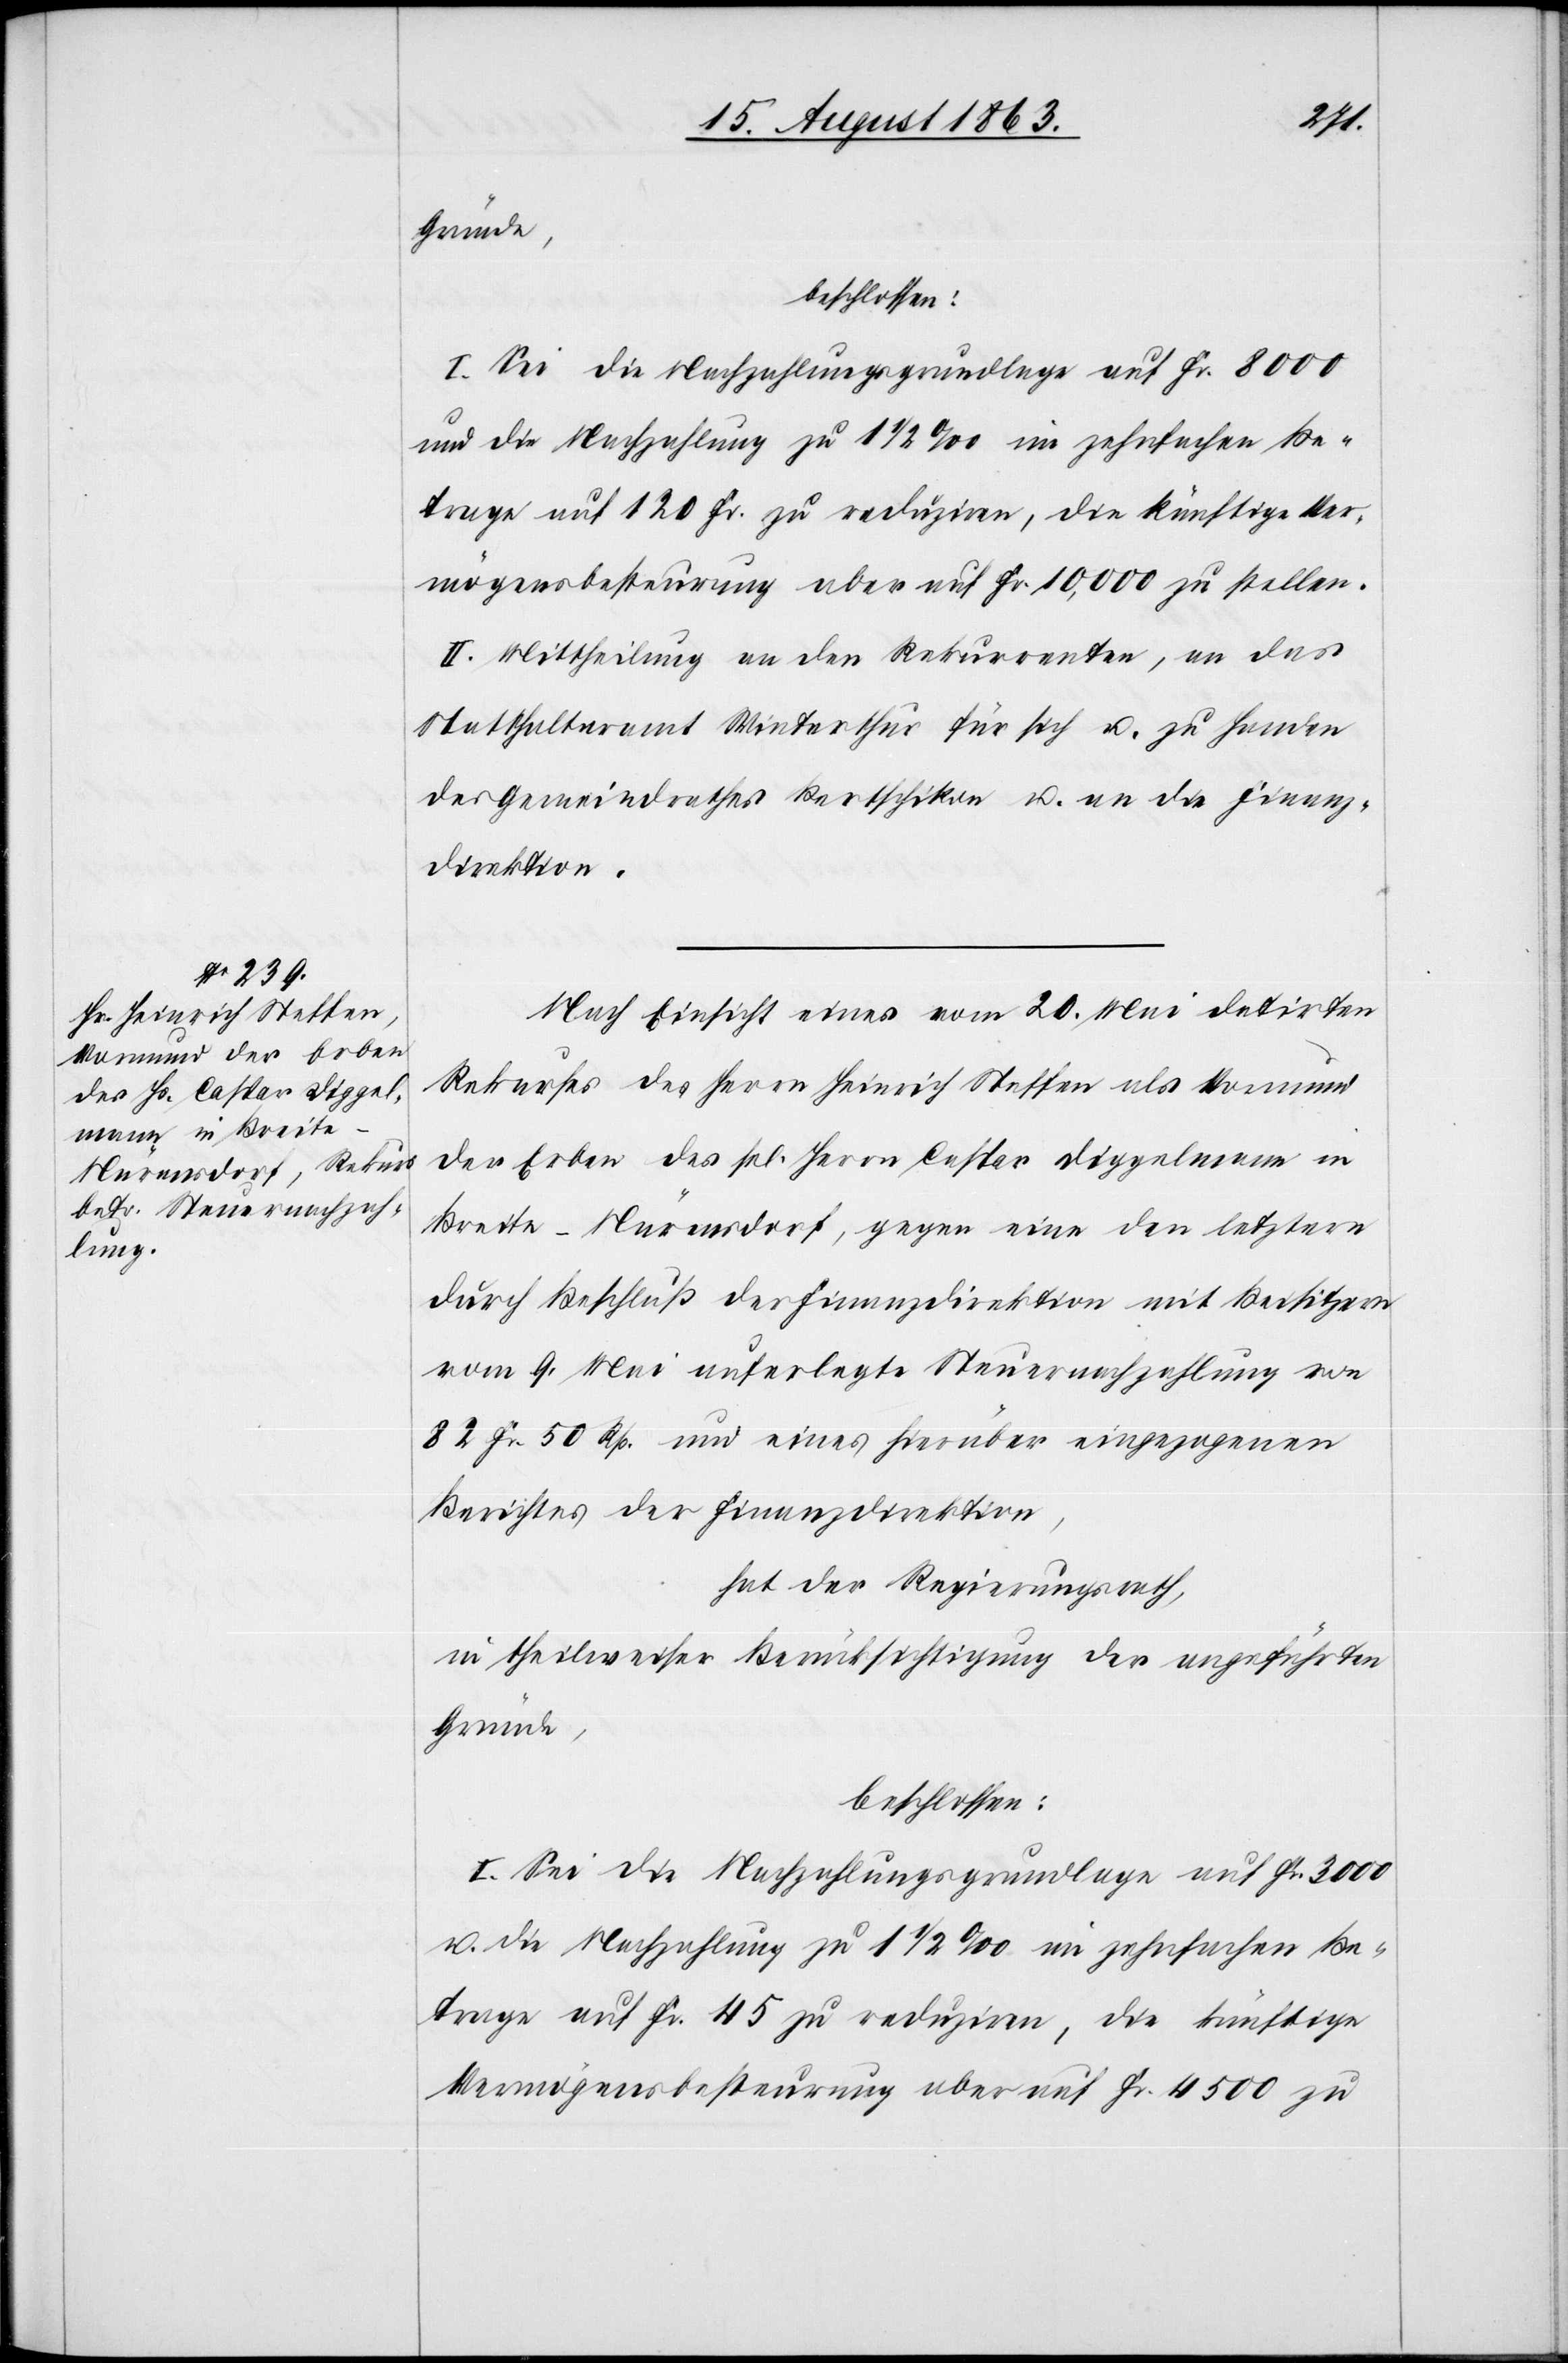
Gründe,
beschlossen:
I. Sei die Nachzahlungsgrundlage auf Fr. 8000
und die Nachzahlung zu 1 1/2 ‰ im zehnfachen Be¬
trage auf 120 Fr. zu reduziren, die künftige Ver¬
mögensbesteurung aber auf Fr. 10,000 zu stellen.
II. Mittheilung an den Rekurrenten, an das
Statthalteramt Winterthur für sich u. zu Handen
des Gemeindrathes Bertschikon u. an die Finanz¬
direktion.
Nach Einsicht eines vom 20. Mai datirten
Rekurses des Herrn Heinrich Steffen als Vormund
der Erben des sel. Herrn Caspar Diggelmann in
Breite-Nürensdorf, gegen eine den letztern
durch Beschluß der Finanzdirektion mit Beisitzern
vom 9. Mai auferlegte Steuernachzahlung von
82 Fr. 50 Rp. und eines hierüber eingezogenen
Berichtes der Finanzdirektion,
hat der Regierungsrath,
in theilweiser Berücksichtigung der angeführten
I. Sei die Nachzahlungsgrundlage auf Fr. 3000
u. die Nachzahlung zu 1 1/2 ‰ im zehnfachen Be¬
trage auf Fr. 45 zu reduziren, die künftige
Vermögensbesteurung aber auf Fr. 4500 zu